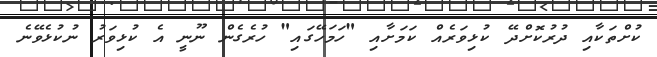
ކުށްތަކާއި ދުރުކޮށްދޭ ކުޅިވަރެއް ކަމަށާއި "ހަމަހޭގައި" ހުރެގެން ނޫނީ އެ ކުޅިވަރު ނުކުޅެވޭނެ